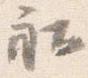
社